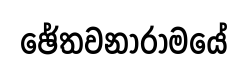
ඡේතවනාරාමයේ